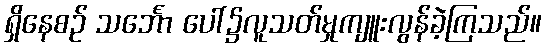
ရှိနေစဉ် သင်္ဘော ပေါ်၌လူသတ်မှုကျူးလွန်ခဲ့ကြသည်။